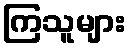
ကြသူများ